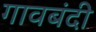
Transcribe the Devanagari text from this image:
गावबंदी